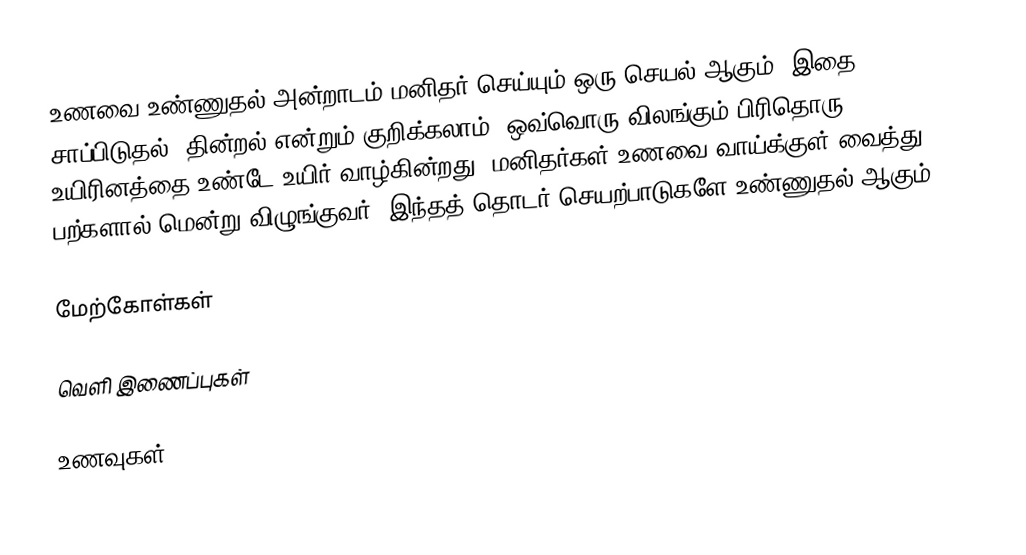
உணவை உண்ணுதல் அன்றாடம் மனிதர் செய்யும் ஒரு செயல் ஆகும். இதை சாப்பிடுதல், தின்றல் என்றும் குறிக்கலாம். ஒவ்வொரு விலங்கும் பிரிதொரு உயிரினத்தை உண்டே உயிர் வாழ்கின்றது. மனிதர்கள் உணவை வாய்க்குள் வைத்து பற்களால் மென்று விழுங்குவர். இந்தத் தொடர் செயற்பாடுகளே உண்ணுதல் ஆகும்.

மேற்கோள்கள்

வெளி இணைப்புகள்

உணவுகள்